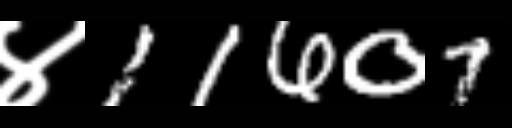
Text: ४11607